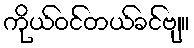
ကိုယ်ဝင်တယ်ခင်ဗျ။